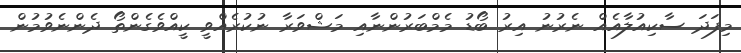
މިފަދަ ސާކިއުލާއެއް ނެރުނު އިރު ބޯޑު މެމްބަރުންނާއި މަޝްވަރާ ނުކުރެއްވީ ކީއްވެގެންތޯ ދެންނެވުމުން